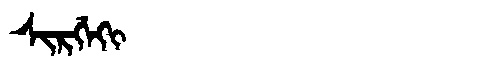
Manchu: ᠰᡳᡵᡤᡝᡴᡳ
Romanization: SIRGEKI